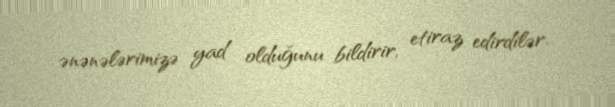
ənənələrimizə yad olduğunu bildirir, etiraz edirdilər.